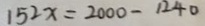
1 5 2 x = 2 0 0 0 - 1 2 4 0